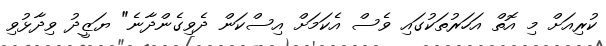
ކުރިއަށް މި އޮތް އަހަރުތަކުގައި ވެސް އެކަމަށް އިސްކަން ދެވިގެންދާނެ" ޔަޒީދު ވިދާޅުވި